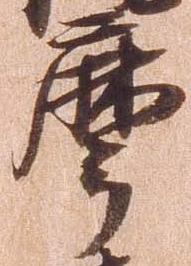
摩